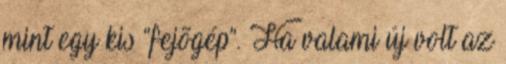
mint egy kis “fejõgép”. Ha valami új volt az